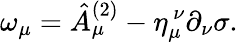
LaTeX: \omega_{\mu}=\hat{A}_{\mu}^{(2)}-\eta_{\mu}^{~\nu}\partial_{\nu}\sigma.